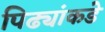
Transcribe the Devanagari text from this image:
पिढ्यांकडे